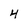
Character: 4